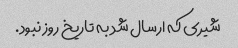
شیری که ارسال شد به تاریخ روز نبود.